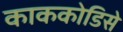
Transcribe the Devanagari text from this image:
काककोडिसे